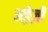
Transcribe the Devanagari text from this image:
अङ्रेज़ी